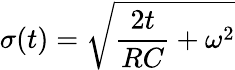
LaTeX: \sigma(t)=\sqrt{\frac{2t}{RC}+\omega^{2}}